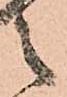
之